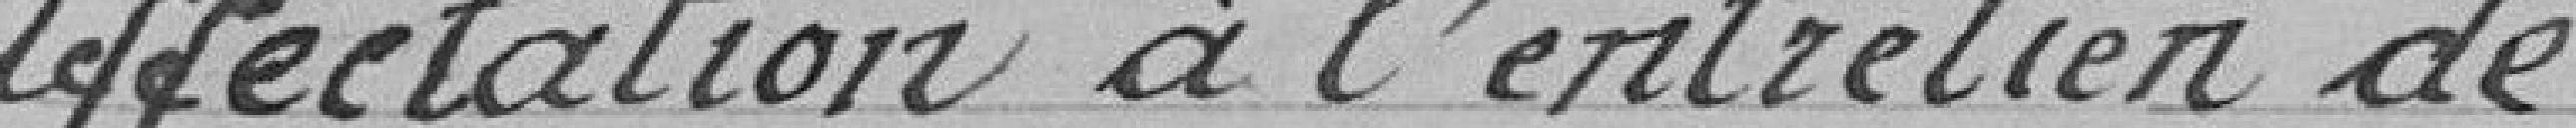
Affectation à l'entretien de